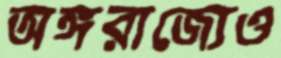
অঙ্গরাজ্যেও